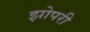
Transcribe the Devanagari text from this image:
झोपरी